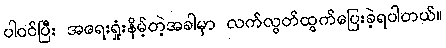
ပါဝင်ပြီး အရေးရှုံးနိမ့်တဲ့အခါမှာ လက်လွတ်ထွက်ပြေးခဲ့ရပါတယ်။